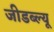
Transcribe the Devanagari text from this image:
जीडब्ल्यू